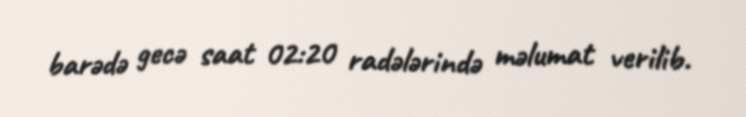
barədə gecə saat 02:20 radələrində məlumat verilib.